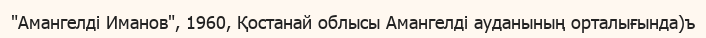
"Амангелді Иманов", 1960, Қостанай облысы Амангелді ауданының орталығында)ъ